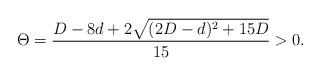
LaTeX: \begin{align*} \Theta = \frac{D - 8d + 2\sqrt{(2D - d)^2 + 15D}}{15}>0.\end{align*}